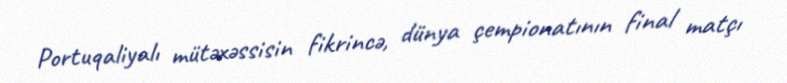
Portuqaliyalı mütəxəssisin fikrincə, dünya çempionatının final matçı